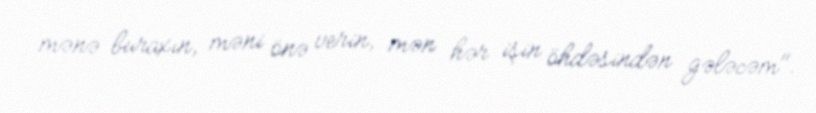
mənə buraxın, məni önə verin, mən hər işin öhdəsindən gələcəm".